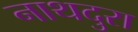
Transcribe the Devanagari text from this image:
नाथदुरा